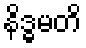
နိဒ္ဓမတိ